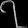
Digit: ၇